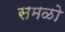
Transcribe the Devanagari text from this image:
समळो